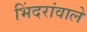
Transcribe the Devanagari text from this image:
भिंदरांवाले